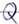
Text: Q